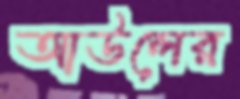
আউলের